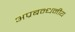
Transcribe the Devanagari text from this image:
अप्रबन्धनीय